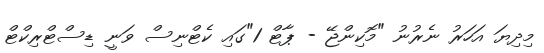
މިދިޔަ އަހަރު ނެރުނު "މޮކިންޖޭ - ޕާޓް 1"ގައި ކެޓްނިސް ވަނީ ޑިސްޓްރިކްޓް